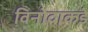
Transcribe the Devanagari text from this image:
विनोदाकडे